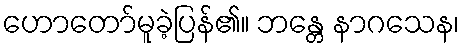
ဟောတော်မူခဲ့ပြန်၏။ ဘန္တေ နာဂသေန၊